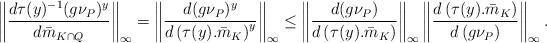
LaTeX: \begin{align*}\left\Vert \frac{d\tau(y)^{-1}(g\nu_{P})^{y}}{d\bar{m}_{K\cap Q}}\right\Vert _{\infty}=\left\Vert \frac{d(g\nu_{P})^{y}}{d\left(\tau(y).\bar{m}_{K}\right)^{y}}\right\Vert _{\infty}\le\left\Vert \frac{d(g\nu_{P})}{d\left(\tau(y).\bar{m}_{K}\right)}\right\Vert _{\infty}\left\Vert \frac{d\left(\tau(y).\bar{m}_{K}\right)}{d\left(g\nu_{P}\right)}\right\Vert _{\infty}.\end{align*}